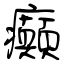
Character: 癲